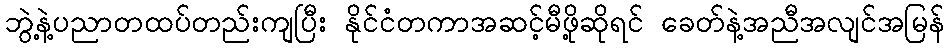
ဘွဲ့နဲ့ပညာတထပ်တည်းကျပြီး နိုင်ငံတကာအဆင့်မီဖို့ဆိုရင် ခေတ်နဲ့အညီအလျင်အမြန်